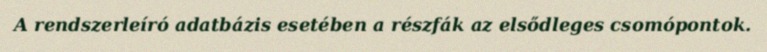
A rendszerleíró adatbázis esetében a részfák az elsődleges csomópontok.